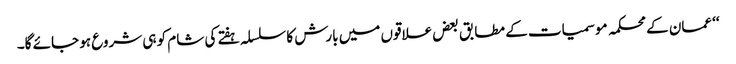
‘‘ عمان کے محکمہ موسمیات کے مطابق بعض علاقوں میں بارش کا سلسلہ ہفتے کی شام کو ہی شروع ہو جائے گا۔